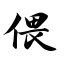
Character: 偎